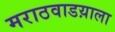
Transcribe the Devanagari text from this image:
मराठवाडय़ाला